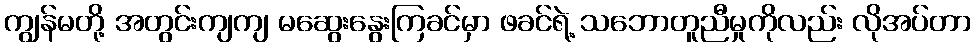
ကျွန်မတို့ အတွင်းကျကျ မဆွေးနွေးကြခင်မှာ ဖခင်ရဲ့ သဘောတူညီမှုကိုလည်း လိုအပ်တာ